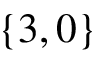
\left\{ 3 , 0 \right\}